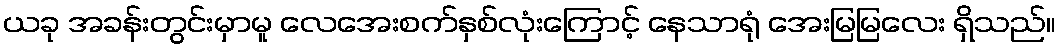
ယခု အခန်းတွင်းမှာမူ လေအေးစက်နှစ်လုံးကြောင့် နေသာရုံ အေးမြမြလေး ရှိသည်။